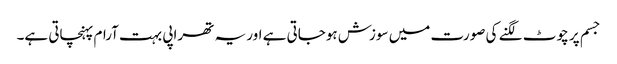
جسم پر چوٹ لگنے کی صورت میں سوزش ہوجاتی ہے اور یہ تھراپی بہت آرام پہنچاتی ہے۔